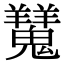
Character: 𩴨